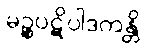
မဉ္စပဋိပါဒကန္တိ